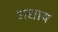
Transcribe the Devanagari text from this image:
अद्याय